Problem: 47 + 29 = ?
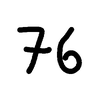
Handwritten answer: 76